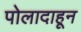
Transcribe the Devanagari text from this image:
पोलादाहून